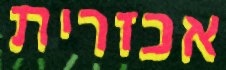
אכזרית